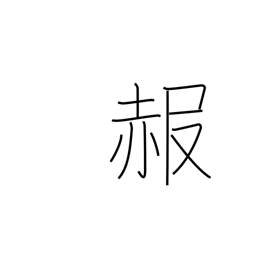
Meaning: get red